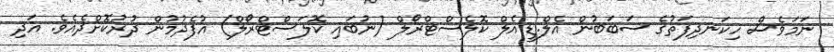
ނަމަވެސް ހިކަނދިފަތުގެ ސަބަބުން އެލް.ޑީ.އެލް ކޮލެސްޓްރޯލް (ނުބައި ކޮލަސްޓްރޯލް) އުފެދުމުން ދުރުކޮށްދެއެވެ. އަދި